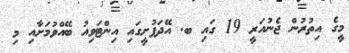
މީގެ އިތުރުން ޖެނުއަރީ 19 ގައި ބ. އޭދަފުށީގައި އިންޓަވިއު ބޭއްވުމަށާއި މި